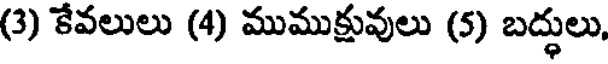
(3) కేవలులు (4) ముముక్షువులు (5) బద్ధులు,